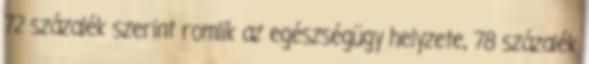
72 százalék szerint romlik az egészségügy helyzete, 78 százalék